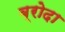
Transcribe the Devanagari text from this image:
ब्रोदा